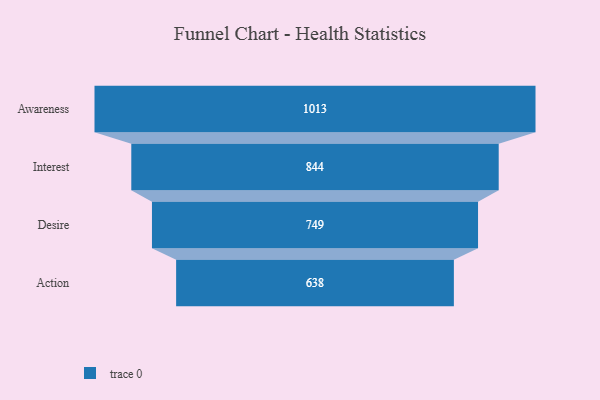
{"axis": {"x": "Stage", "y": "Value"}, "legend": [""], "data": [{"x": "Awareness", "y": 1013.0, "type": ""}, {"x": "Interest", "y": 844.0, "type": ""}, {"x": "Desire", "y": 749.0, "type": ""}, {"x": "Action", "y": 638.0, "type": ""}]}